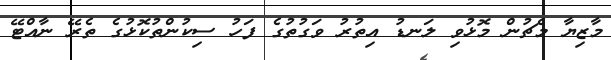
މާޒިޔާ މެޗުން މޮޅުވި ލަނޑު އިތުރު ވަގުތުގެ ފަހު ސިކުންތުކޮޅުގެ ތެރޭ ނާއްޓޭ